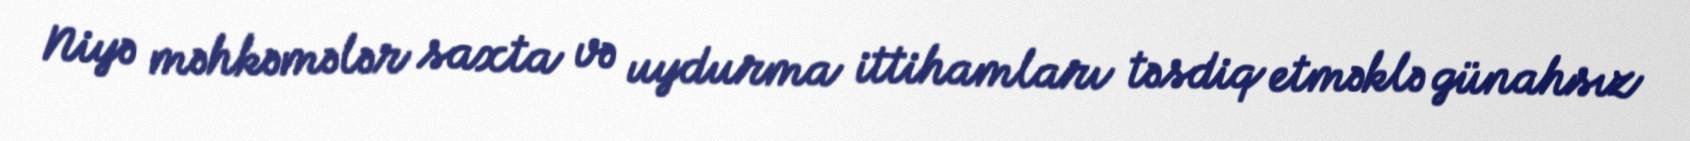
Niyə məhkəmələr saxta və uydurma ittihamları təsdiq etməklə günahsız